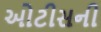
ઓટીસની